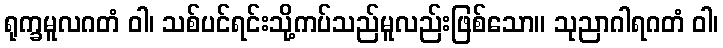
ရုက္ခမူလဂတံ ဝါ၊ သစ်ပင်ရင်းသို့ကပ်သည်မူလည်းဖြစ်သော။ သုညာဂါရဂတံ ဝါ၊